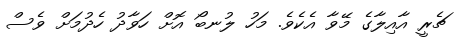
ޗެރީ އާއިލާގެ މޭވާ އެކެވެ. މަހު ލުނބޯ އޮށް ހަވާދު ހެދުމަށް ވެސް